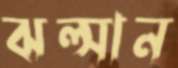
ঝল্‌সান